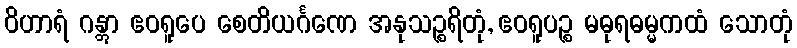
ဝိဟာရံ ဂန္တွာ ဧဝရူပေ စေတိယင်္ဂဏေ အနုသဉ္စရိတုံ, ဧဝရူပဉ္စ မဓုရဓမ္မကထံ သောတုံ